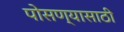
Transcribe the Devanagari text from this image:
पोसण्यासाठी